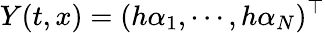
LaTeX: Y(t,x)=(h\alpha_{1},\cdots,h\alpha_{N})^{\top}